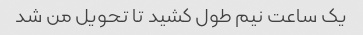
یک ساعت نیم طول کشید تا تحویل من شد